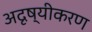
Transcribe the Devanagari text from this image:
अदृष्यीकरण